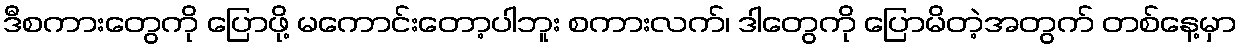
ဒီစကားတွေကို ပြောဖို့ မကောင်းတော့ပါဘူး စကားလက်၊ ဒါတွေကို ပြောမိတဲ့အတွက် တစ်နေ့မှာ